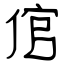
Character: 倌